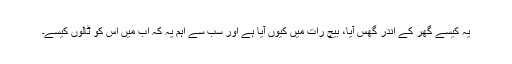
یہ کیسے گھر کے اندر گھس آیا، بیچ رات میں کیوں آیا ہے اور سب سے اہم یہ کہ اب میں اس کو ٹالوں کیسے۔